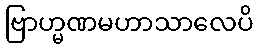
ဗြာဟ္မဏမဟာသာလေပိ